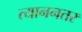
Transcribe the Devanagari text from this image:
त्याननतर